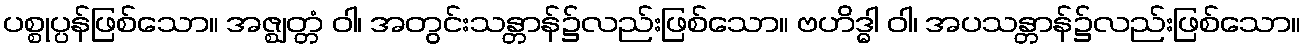
ပစ္စုပ္ပန်ဖြစ်သော။ အဇ္ဈတ္တံ ဝါ၊ အတွင်းသန္တာန်၌လည်းဖြစ်သော။ ဗဟိဒ္ဓါ ဝါ၊ အပသန္တာန်၌လည်းဖြစ်သော။